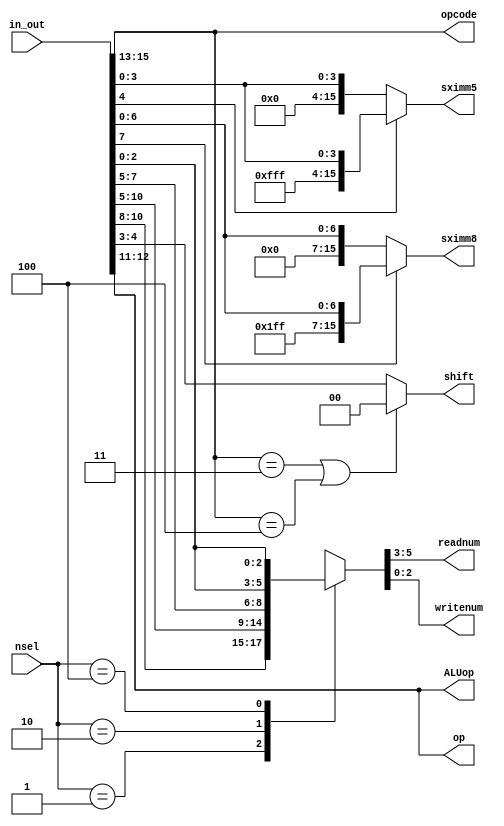
module ins_decoder(in_out,nsel,sximm5,sximm8,opcode,op,shift,ALUop,readnum,writenum);
input [2:0]nsel;
input [15:0]in_out;

reg [4:0] imm5;
reg [7:0] imm8;
output reg [15:0] sximm5,sximm8;
output reg [1:0] shift, ALUop,op;
output reg [2:0] readnum,writenum,opcode;
reg [2:0] Rn,Rm,Rd;

always @(*)begin
	ALUop = in_out[12:11];
	imm5 = in_out[4:0];
	imm8 = in_out[7:0];
	shift = in_out[4:3];
	Rn = in_out[10:8];
	Rd = in_out[7:5];
	Rm = in_out[2:0]; 
	opcode = in_out[15:13];
	op = in_out[12:11];

	case (nsel)
		3'b001:  {readnum,writenum} = {Rn,Rn};
		3'b010:  {readnum,writenum} = {Rd,Rd};
		3'b100:  {readnum,writenum} = {Rm,Rm};
		default: {readnum,writenum} = {6'bxxxxxx};
	endcase
	if(imm8[7] == 1'b0)
		sximm8 = {{8{1'b0}}, imm8};
	else 
		sximm8 = {{8{1'b1}}, imm8};

	if(imm5[4] == 1'b0)
		sximm5 = {{11{1'b0}}, imm5};
	else 
		sximm5 = {{11{1'b1}}, imm5};
	// make sure shift == 00 for ldr and str 
	if(opcode == 3'b011 | opcode == 3'b100)
		shift = 2'b00;
end 
endmodule